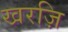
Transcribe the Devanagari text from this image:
खरज़ि